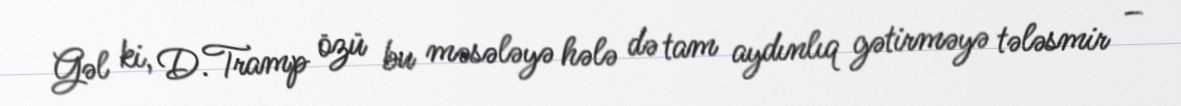
Gəl ki, D.Tramp özü bu məsələyə hələ də tam aydınlıq gətirməyə tələsmir –